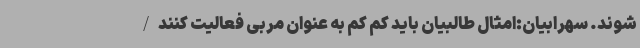
شوند. سهرابیان:امثال طالبیان باید کم کم به عنوان مربی فعالیت کنند/